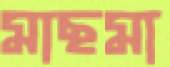
মাছমা